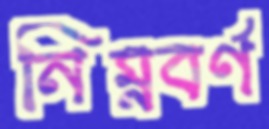
নিম্নবর্ণ